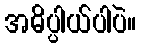
အဓိပ္ပါယ်ပါပဲ။